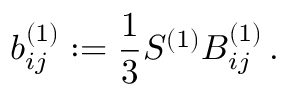
b _ { i j } ^ { ( 1 ) } : = \frac { 1 } { 3 } S ^ { ( 1 ) } B _ { i j } ^ { ( 1 ) } \, .